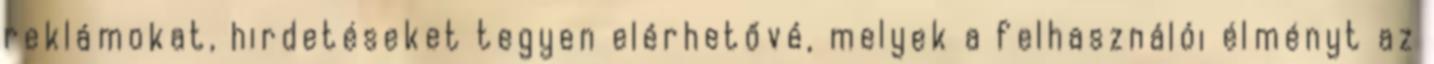
reklámokat, hirdetéseket tegyen elérhetővé, melyek a felhasználói élményt az